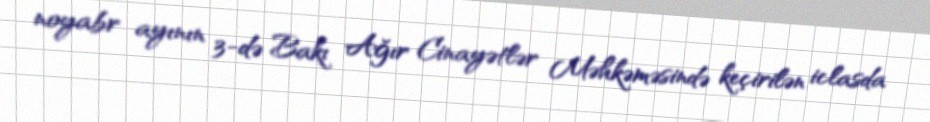
noyabr ayının 3-də Bakı Ağır Cinayətlər Məhkəməsində keçirilən iclasda